Annual administration report of the Civil Veterinary Department of India - 1894-1895
Year: 1894
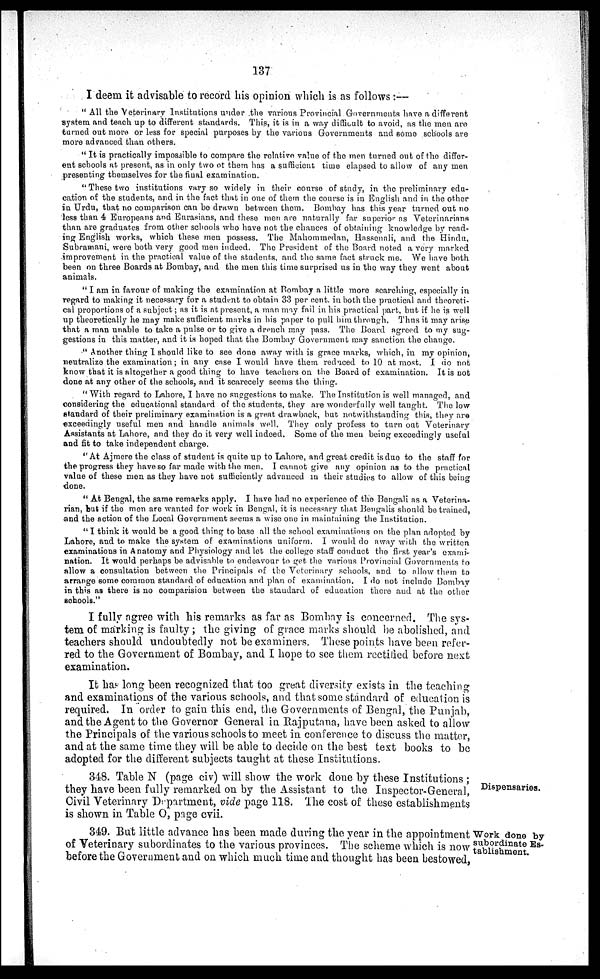
137
I deem it advisable to record his opinion which is as follows:—
" All the Veterinary Institutions under the various Provincial Governments have a different
system and teach up to different standards. This, it is in a way difficult to avoid, as the men are
turned out more or less for special purposes by the various Governments and some schools are
more advanced than others.
" It is practically impossible to compare the relative value of the men turned out of the differ-
ent schools at present, as in only two of them has a sufficient time elapsed to allow of any men
presenting themselves for the final examination.
" These two institutions vary so widely in their course of study, in the preliminary edu-
cation of the students, and in the fact that in one of them the course is in English and in the other
in Urdu, that no comparison can be drawn between them. Bombay has this year turned out no
less than 4 Europeans and Eurasians, and these men are naturally far superior as Veterinarians
than are graduates from other schools who have not the chances of obtaining knowledge by read-
ing English works, which these men possess. The Mahommedan, Hassenali, and the Hindu,
Subramani, were both very good men indeed. The President of the Board noted a very marked
improvement in the practical value of the students, and the same fact struck me. We have both
been on three Boards at Bombay, and the men this time surprised us in the way they went about
animals.
" I am in favour of making the examination at Bombay a little more searching, especially in
regard to making it necessary for a student to obtain 33 per cent. in both the practical and theoreti-
cal proportions of a subject; as it is at present, a man may fail in his practical part, but if he is well
up theoretically he may make sufficient marks in his paper to pull him through. Thus it may arise
that a man unable to take a pulse or to give a drench may pass. The Board agreed to my sug-
gestions in this matter, and it is hoped that the Bombay Government may sanction the change.
" Another thing I should like to see done away with is grace marks, which, in my opinion,
neutralize the examination; in any case I would have them reduced to 10 at most. I do not
know that it is altogether a good thing to have teachers on the Board of examination. It is not
done at any other of the schools, and it scarecely seems the thing.
"With regard to Lahore, I have no suggestions to make. The Institution is well managed, and
considering the educational standard of the students, they are wonderfully well taught. The low
standard of their preliminary examination is a great drawback, but notwithstanding this, they are
exceedingly useful men and handle animals well. They only profess to turn out Veterinary
Assistants at Lahore, and they do it very well indeed. Some of the men being exceedingly useful
and fit to take independent charge.
"At Ajmere the class of student is quite up to Lahore, and great credit is due to the staff for
the progress they have so far made with the men. I cannot give any opinion as to the practical
value of these men. as they have not sufficiently advanced in their studies to allow of this being
done.
" At Bengal, the same remarks apply. I have had no experience of the Bengali as a Veterina-
rian, but if the men are wanted for work in Bengal, it is necessary that Bengalis should be trained,
and the action of the Local Government seems a wise one in maintaining the Institution.
" I think it would be a good thing to base all the school examinations on the plan adopted by
Lahore, and to make the system of examinations uniform. I would do away with the written
examinations in Anatomy and Physiology and let the college staff conduct the first year's exami-
nation. It would perhaps be advisable to endeavour to get the various Provincial Governments to
allow a consultation between the Principals of the Veterinary schools, and to allow them to
arrange some common standard of education and plan of examination. I do not include Bombay
in this as there is no comparision between the standard of education there and at the other
schools."
I fully agree with his remarks as far as Bombay is concerned. The sys-
tem of marking is faulty; the giving of grace marks should be abolished, and
teachers should undoubtedly not be examiners. These points have been refer-
red to the Government of Bombay, and I hope to see them rectified before next
examination.
It has long been recognized that too great diversity exists in the teaching
and examinations of the various schools, and that some standard of education is
required. In order to gain this end, the Governments of Bengal, the Punjab,
and the Agent to the Governor General in. Rajputana, have been asked to allow
the Principals of the various schools to meet in conference to discuss the matter,
and at the same time they will be able to decide on the best text books to be
adopted for the different subjects taught at these Institutions.
Dispensaries.
348. Table N (page civ) will show the work done by these Institutions ;
they have been fully remarked on by the Assistant to the Inspector-General,
Civil Veterinary Department, vide page 118. The cost of these establishments
is shown in Table O, page cvii.
Work done by
subordinate Es-
tablishment.
349. But little advance has been made during the year in the appointment
of Veterinary subordinates to the various provinces. The scheme which is now
before the Government and on which much time and thought has been bestowed,